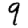
Digit: 9